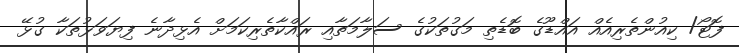
ފޮޓޯ/ ކިއުންތެރިއެއް އައްޑޫގެ ބޮޑެތި މަގުތަކުގެ ސަލާމަތާއި ރައްކާތެރިކަމަށް އެޅިދާނެ ފިޔަވަޅުތަކާ ގުޅޭ